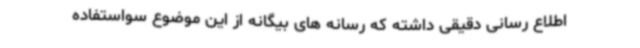
اطلاع رسانی دقیقی داشته که رسانه های بیگانه از این موضوع سواستفاده